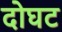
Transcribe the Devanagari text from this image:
दोघट